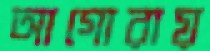
আগোরায়